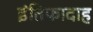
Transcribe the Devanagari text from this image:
इंतिफादाह